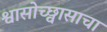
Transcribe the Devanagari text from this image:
श्वासोच्छ्वासाचा